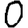
Digit: 0